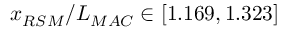
x _ { R S M } / L _ { M A C } \in [ 1 . 1 6 9 , 1 . 3 2 3 ]